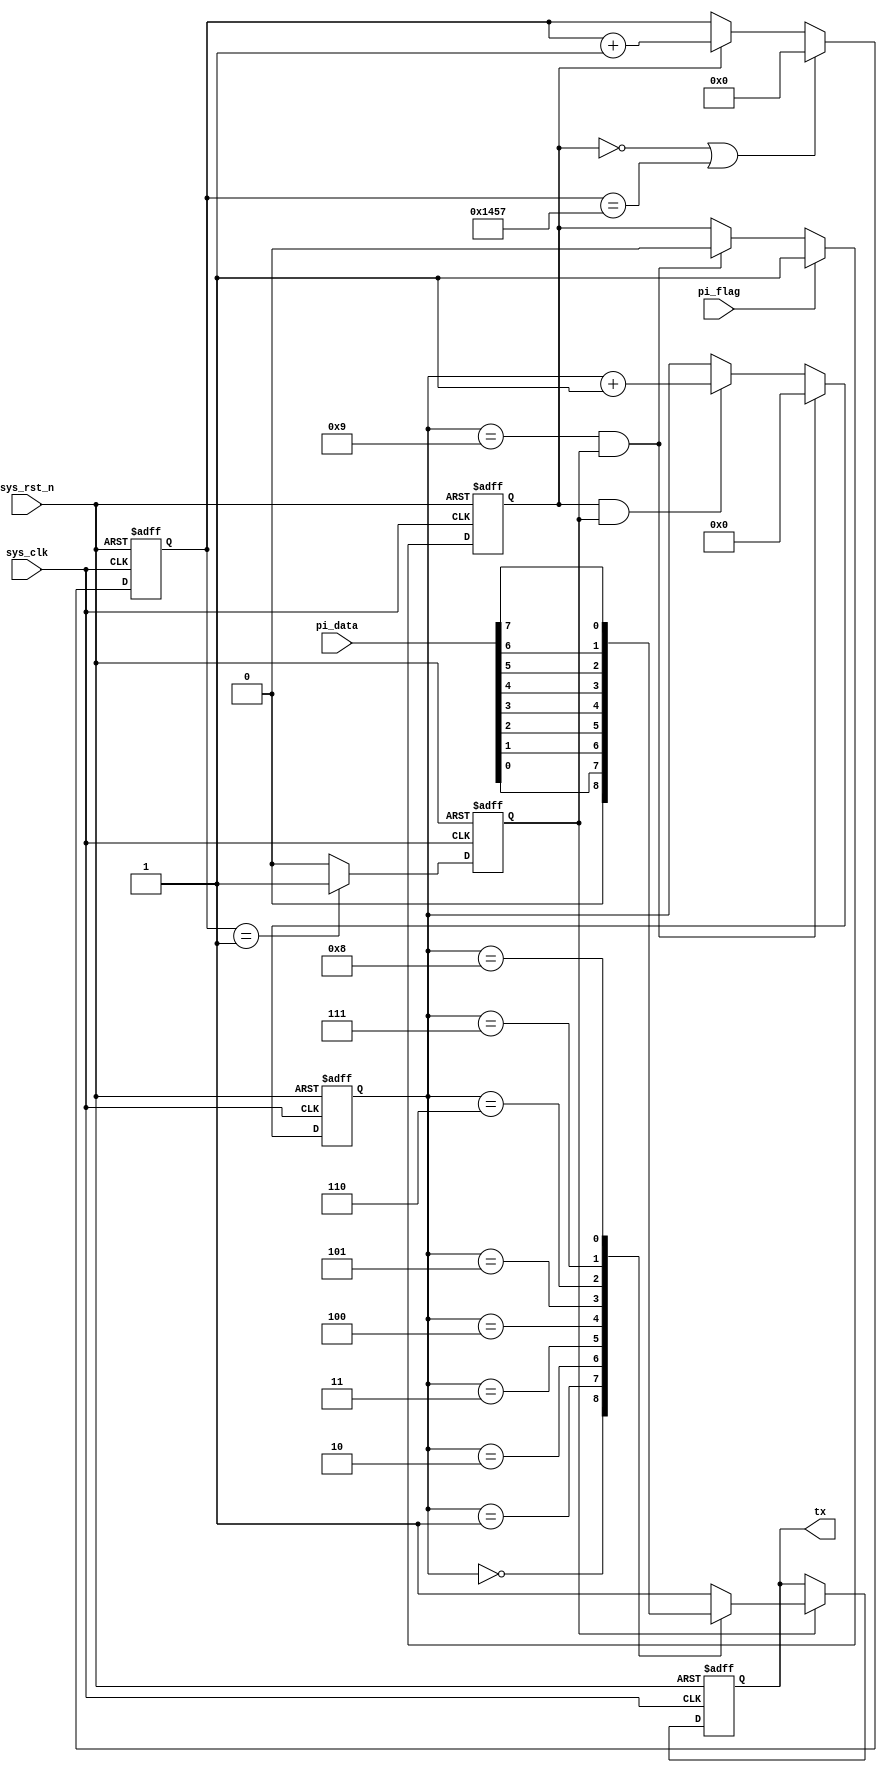
module  uart_tx
#(
    parameter   UART_BPS    =   'd9600      ,
    parameter   CLK_FREQ    =   'd50_000_000
)
(
    input   wire            sys_clk     ,
    input   wire            sys_rst_n   ,
    input   wire    [7:0]   pi_data     ,
    input   wire            pi_flag     ,

    output  reg             tx
);

parameter   BAUD_CNT_MAX    =   CLK_FREQ / UART_BPS;

reg             work_en     ;
reg     [15:0]  baud_cnt    ;
reg             bit_flag    ;
reg     [3:0]   bit_cnt     ;

always@(posedge sys_clk or negedge sys_rst_n)
    if(sys_rst_n == 1'b0)
        work_en <=  1'b0;
    else    if(pi_flag == 1'b1)
        work_en <=  1'b1;
    else    if((bit_cnt == 4'd9) && (bit_flag == 1'b1))
        work_en <=  1'b0;

always@(posedge sys_clk or negedge sys_rst_n)
    if(sys_rst_n == 1'b0)
        baud_cnt    <=  16'd0;
    else    if((work_en ==  1'b0) || (baud_cnt == BAUD_CNT_MAX - 1))
        baud_cnt    <=  16'd0;
    else    if(work_en ==  1'b1)
        baud_cnt    <=  baud_cnt + 1'b1;

always@(posedge sys_clk or negedge sys_rst_n)
    if(sys_rst_n == 1'b0)
        bit_flag    <=  1'b0;
    else    if(baud_cnt == 16'd1)
        bit_flag    <=  1'b1;
    else
        bit_flag    <=  1'b0;

always@(posedge sys_clk or negedge sys_rst_n)
    if(sys_rst_n == 1'b0)
        bit_cnt <=  4'd0;
    else    if((bit_cnt == 4'd9) && (bit_flag == 1'b1))
        bit_cnt <=  4'd0;
    else    if((work_en ==  1'b1) && (bit_flag == 1'b1))
        bit_cnt <=  bit_cnt + 1'b1;

always@(posedge sys_clk or negedge sys_rst_n)
    if(sys_rst_n == 1'b0)
        tx  <=  1'b1;
    else    if(bit_flag == 1'b1)
        case(bit_cnt)
            0:tx <=  1'b0;
            1:tx <=  pi_data[0];
            2:tx <=  pi_data[1];
            3:tx <=  pi_data[2];
            4:tx <=  pi_data[3];
            5:tx <=  pi_data[4];
            6:tx <=  pi_data[5];
            7:tx <=  pi_data[6];
            8:tx <=  pi_data[7];
            9:tx <=  1'b1;
            default:tx  <=  1'b1;
        endcase

endmodule